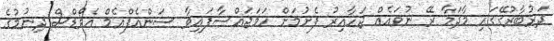
ދަރުބާރުގޭގައި މާދަމާ ރޭ ނުވައެއް ޖަހާއިރު ފެށުމަށް ހަމަޖައްސާފައިވާ ސަންއެފްއެމް އެވޯޑްސް ދިނުމުގެ